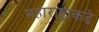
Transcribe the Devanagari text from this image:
महाराष्ट्राकडे